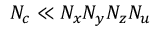
N _ { c } \ll N _ { x } N _ { y } N _ { z } N _ { u }